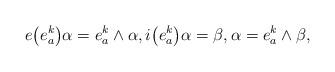
LaTeX: \begin{gather*} e\big(e_{a}^{k}\big)\alpha=e_{a}^{k}\wedge\alpha, i\big(e_{a}^{k}\big)\alpha=\beta, \alpha=e_{a}^{k}\wedge\beta,\end{gather*}